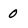
Character: 0